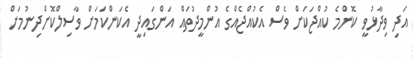
އަދި ވިދާޅުވީ ކޮންމެ ކުއްޖަކަށް ވެސް އެކުއްޖެއްގެ އުންމީދުތައް އަންގައިދީ އެކަންކަމަށް ވާސިލްކޮށްދިނުމަށް